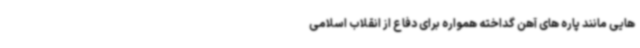
هایی مانند پاره های آهن گداخته همواره برای دفاع از انقلاب اسلامی